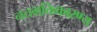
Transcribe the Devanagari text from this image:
नतभक्तिकारण्य